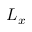
L _ { x }